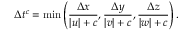
\Delta t ^ { c } = \operatorname* { m i n } \left( \frac { \Delta x } { \lvert u \rvert + c } , \frac { \Delta y } { \lvert v \rvert + c } , \frac { \Delta z } { \lvert w \rvert + c } \right) .